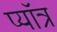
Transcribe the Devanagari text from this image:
प्यॉत्र